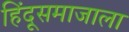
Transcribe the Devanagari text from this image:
हिंदूसमाजाला